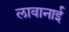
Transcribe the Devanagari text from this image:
लावानाई